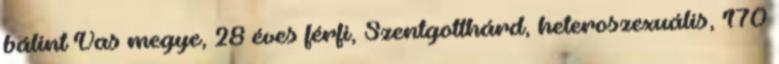
bálint Vas megye, 28 éves férfi, Szentgotthárd, heteroszexuális, 170